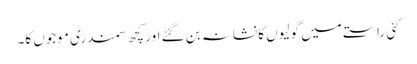
کئی راستے میں گولیوں کا نشانہ بن گئے اور کچھ سمندری موجوں کا۔